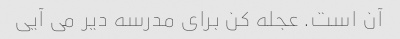
آن است. عجله کن برای مدرسه دیر می آیی